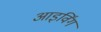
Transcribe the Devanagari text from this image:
आइर्विंग